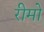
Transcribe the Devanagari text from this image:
रीमो